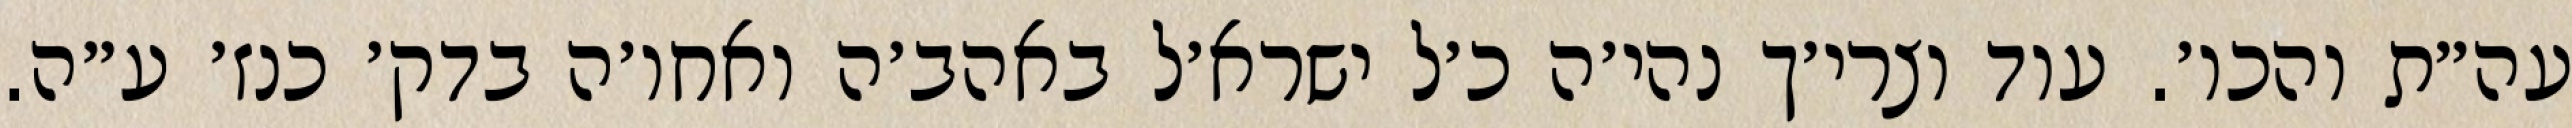
עה״ת והכו׳. עוד וצרי׳ך נהי׳ה כ׳ל ישרא׳ל באהב׳ה ואחו׳ה בדק׳ כנז׳ ע״ה.